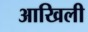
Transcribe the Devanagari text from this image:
आखिली